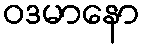
ဝဒမာနော